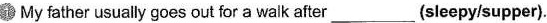
1 My father usually goes out for a wak after ___ (sleepy/supper).